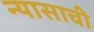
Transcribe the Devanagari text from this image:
न्यासाची